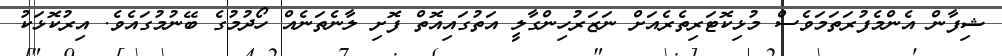
ޝިފާން އެންމެފުރަތަމަވެސް މުޅިކޮޓަރިތެރެއަށް ނަޒަރުހިންގާލީ އަތުގައިއޮތް ފޮށި ލާނެތަނެއް ހޯދުމުގެ ބޭނުމުގައެވެ. އިރުކޮޅަކު